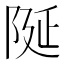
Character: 𮥋